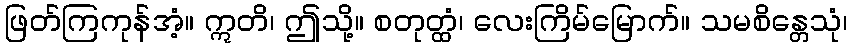
ဖြတ်ကြကုန်အံ့။ ဣတိ၊ ဤသို့။ စတုတ္ထံ၊ လေးကြိမ်မြောက်။ သမစိန္တေသုံ၊